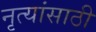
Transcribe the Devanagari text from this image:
नृत्यांसाठी